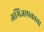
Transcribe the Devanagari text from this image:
अभिज्ञापकाचा